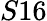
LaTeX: S16